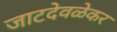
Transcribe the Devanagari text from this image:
जाटदेवळेकर